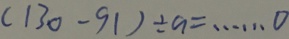
( 1 3 0 - 9 1 ) \div a = \cdots o